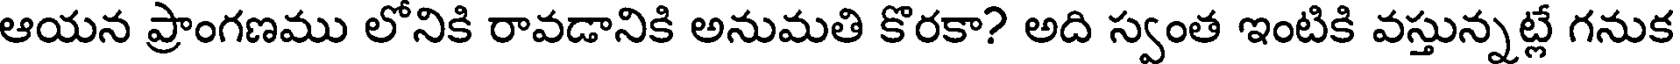
ఆయన ప్రాంగణము లోనికి రావడానికి అనుమతి కొరకా? అది స్వంత ఇంటికి వస్తున్నట్లే గనుక